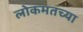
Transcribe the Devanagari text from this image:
लोकमतच्या